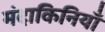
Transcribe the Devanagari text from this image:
मंदाकिनियाँ